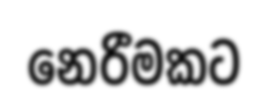
නෙරීමකට